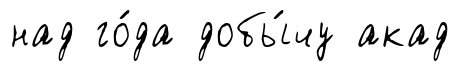
над го́да добы́чу акад